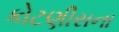
કોટણીસના